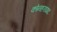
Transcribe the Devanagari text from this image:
कोनहराघाट